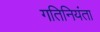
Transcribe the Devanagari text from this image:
गतिनियंता